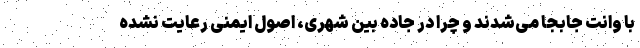
با وانت جابجا می‌شدند و چرا در جاده بین شهری، اصول ایمنی رعایت نشده